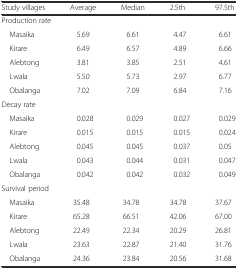
| Study villages | Average | Median | 2.5th | 97.5th |
 | --- | --- | --- | --- | --- |
 | <COLSPAN=5> Production rate |
 | Masaika | 5.69 | 6.61 | 4.47 | 6.61 |
 | Kirare | 6.49 | 6.57 | 4.89 | 6.66 |
 | Alebtong | 3.81 | 3.85 | 2.51 | 4.61 |
 | Lwala | 5.50 | 5.73 | 2.97 | 6.77 |
 | Obalanga | 7.02 | 7.09 | 6.84 | 7.16 |
 | <COLSPAN=5> Decay rate |
 | Masaika | 0.028 | 0.029 | 0.027 | 0.029 |
 | Kirare | 0.015 | 0.015 | 0.015 | 0.024 |
 | Alebtong | 0.045 | 0.045 | 0.037 | 0.05 |
 | Lwala | 0.043 | 0.044 | 0.031 | 0.047 |
 | Obalanga | 0.042 | 0.042 | 0.032 | 0.049 |
 | <COLSPAN=5> Survival period |
 | Masaika | 35.48 | 34.78 | 34.78 | 37.67 |
 | Kirare | 65.28 | 66.51 | 42.06 | 67.00 |
 | Alebtong | 22.49 | 22.34 | 20.29 | 26.81 |
 | Lwala | 23.63 | 22.87 | 21.40 | 31.76 |
 | Obalanga | 24.36 | 23.84 | 20.56 | 31.68 |